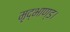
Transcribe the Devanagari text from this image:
मृद्भाण्ड।